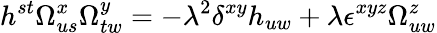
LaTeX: h^{st}\Omega_{us}^{x}\Omega_{tw}^{y}=-\lambda^{2}\delta^{xy}h_{uw}+\lambda\epsilon^{xyz}\Omega_{uw}^{z}